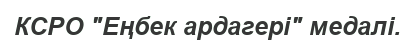
КСРО "Еңбек ардагері" медалі.